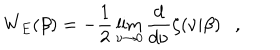
W _ { E } ( \beta ) = - \frac 1 2 \lim _ { \nu \rightarrow 0 } { \frac { d } { d \nu } } \zeta ( \nu | \beta ) ,